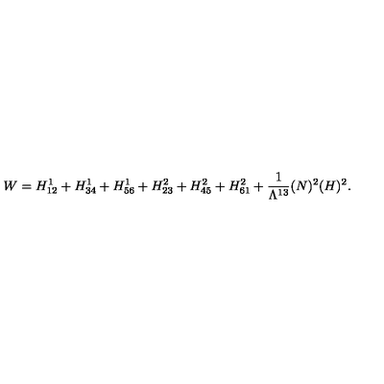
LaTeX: W = H _ { 1 2 } ^ { 1 } + H _ { 3 4 } ^ { 1 } + H _ { 5 6 } ^ { 1 } + H _ { 2 3 } ^ { 2 } + H _ { 4 5 } ^ { 2 } + H _ { 6 1 } ^ { 2 } + \frac { 1 } { \Lambda ^ { 1 3 } } ( N ) ^ { 2 } ( H ) ^ { 2 } .